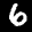
Label: 6